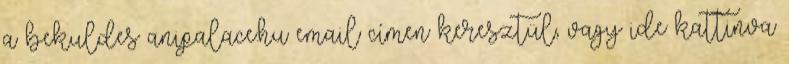
a bekuldes anipalace.hu email címen keresztül, vagy ide kattinva